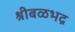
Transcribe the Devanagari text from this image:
श्रीबळभद्र